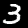
Digit: 3